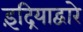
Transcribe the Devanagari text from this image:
इंद्रियाद्वारे